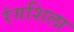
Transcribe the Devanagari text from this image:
रंगशिला